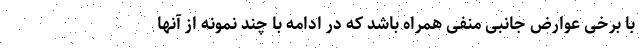
با برخی عوارض جانبی منفی همراه باشد که در ادامه با چند نمونه از آنها